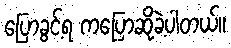
ပြောခွင့်ရ ကပြောဆိုခဲ့ပါတယ်။